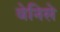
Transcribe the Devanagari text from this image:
वेनिसे